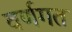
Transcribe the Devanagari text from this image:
वर्णगत